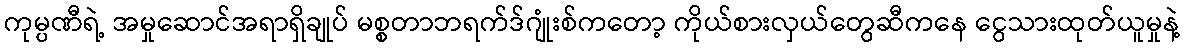
ကုမ္ပဏီရဲ့ အမှုဆောင်အရာရှိချုပ် မစ္စတာဘရက်ဒ်ဂျုံးစ်ကတော့ ကိုယ်စားလှယ်တွေဆီကနေ ငွေသားထုတ်ယူမှုနဲ့